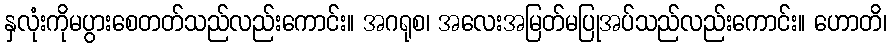
နှလုံးကိုမပွားစေတတ်သည်လည်းကောင်း။ အဂရုစ၊ အလေးအမြတ်မပြုအပ်သည်လည်းကောင်း။ ဟောတိ၊